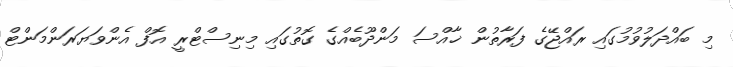
މި ބައްދަލުވުމުގައި ރައްޖޭގެ ފަރާތުން ޚާއްސަ މަންދޫބެއްގެ ގޮތުގައި މިނިސްޓްރީ އޮފް އެންވަޔަރަންމަންޓް